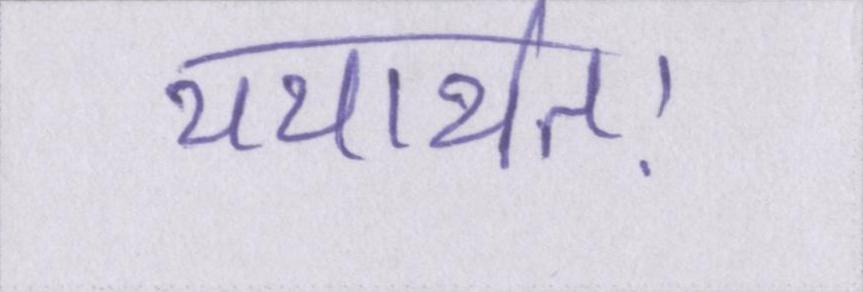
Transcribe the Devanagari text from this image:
यथार्थतः